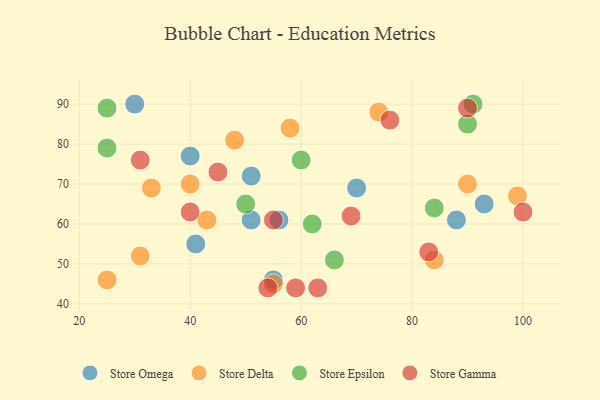
{"axis": {"x": "GDP", "y": "Life Expectancy"}, "legend": ["Store Delta", "Store Epsilon", "Store Gamma", "Store Omega"], "data": [{"x": "51", "y": 72, "type": "Store Omega"}, {"x": "41", "y": 55, "type": "Store Omega"}, {"x": "88", "y": 61, "type": "Store Omega"}, {"x": "56", "y": 61, "type": "Store Omega"}, {"x": "51", "y": 61, "type": "Store Omega"}, {"x": "55", "y": 46, "type": "Store Omega"}, {"x": "30", "y": 90, "type": "Store Omega"}, {"x": "93", "y": 65, "type": "Store Omega"}, {"x": "40", "y": 77, "type": "Store Omega"}, {"x": "70", "y": 69, "type": "Store Omega"}, {"x": "55", "y": 45, "type": "Store Delta"}, {"x": "74", "y": 88, "type": "Store Delta"}, {"x": "84", "y": 51, "type": "Store Delta"}, {"x": "90", "y": 70, "type": "Store Delta"}, {"x": "43", "y": 61, "type": "Store Delta"}, {"x": "58", "y": 84, "type": "Store Delta"}, {"x": "25", "y": 46, "type": "Store Delta"}, {"x": "99", "y": 67, "type": "Store Delta"}, {"x": "40", "y": 70, "type": "Store Delta"}, {"x": "48", "y": 81, "type": "Store Delta"}, {"x": "33", "y": 69, "type": "Store Delta"}, {"x": "31", "y": 52, "type": "Store Delta"}, {"x": "50", "y": 65, "type": "Store Epsilon"}, {"x": "25", "y": 79, "type": "Store Epsilon"}, {"x": "91", "y": 90, "type": "Store Epsilon"}, {"x": "66", "y": 51, "type": "Store Epsilon"}, {"x": "60", "y": 76, "type": "Store Epsilon"}, {"x": "25", "y": 89, "type": "Store Epsilon"}, {"x": "84", "y": 64, "type": "Store Epsilon"}, {"x": "90", "y": 85, "type": "Store Epsilon"}, {"x": "62", "y": 60, "type": "Store Epsilon"}, {"x": "55", "y": 61, "type": "Store Gamma"}, {"x": "40", "y": 63, "type": "Store Gamma"}, {"x": "63", "y": 44, "type": "Store Gamma"}, {"x": "90", "y": 89, "type": "Store Gamma"}, {"x": "54", "y": 44, "type": "Store Gamma"}, {"x": "31", "y": 76, "type": "Store Gamma"}, {"x": "83", "y": 53, "type": "Store Gamma"}, {"x": "76", "y": 86, "type": "Store Gamma"}, {"x": "59", "y": 44, "type": "Store Gamma"}, {"x": "100", "y": 63, "type": "Store Gamma"}, {"x": "45", "y": 73, "type": "Store Gamma"}, {"x": "69", "y": 62, "type": "Store Gamma"}]}